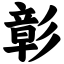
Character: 彰